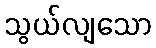
သွယ်လျသော